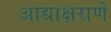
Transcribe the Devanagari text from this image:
आद्याक्षराणे